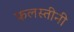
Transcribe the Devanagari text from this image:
फलस्तीनी